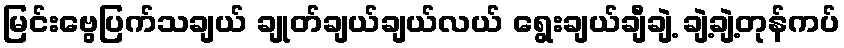
မြင်းဗွေပြက်သချယ် ချုတ်ချယ်ချယ်လယ် ရွေးချယ်ချီချဲ့ ချဲ့ချဲ့တုန်ကပ်